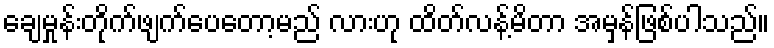
ချေမှုန်းတိုက်ဖျက်ပေတော့မည် လားဟု ထိတ်လန့်မိတာ အမှန်ဖြစ်ပါသည်။